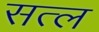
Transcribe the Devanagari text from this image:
सत्ल